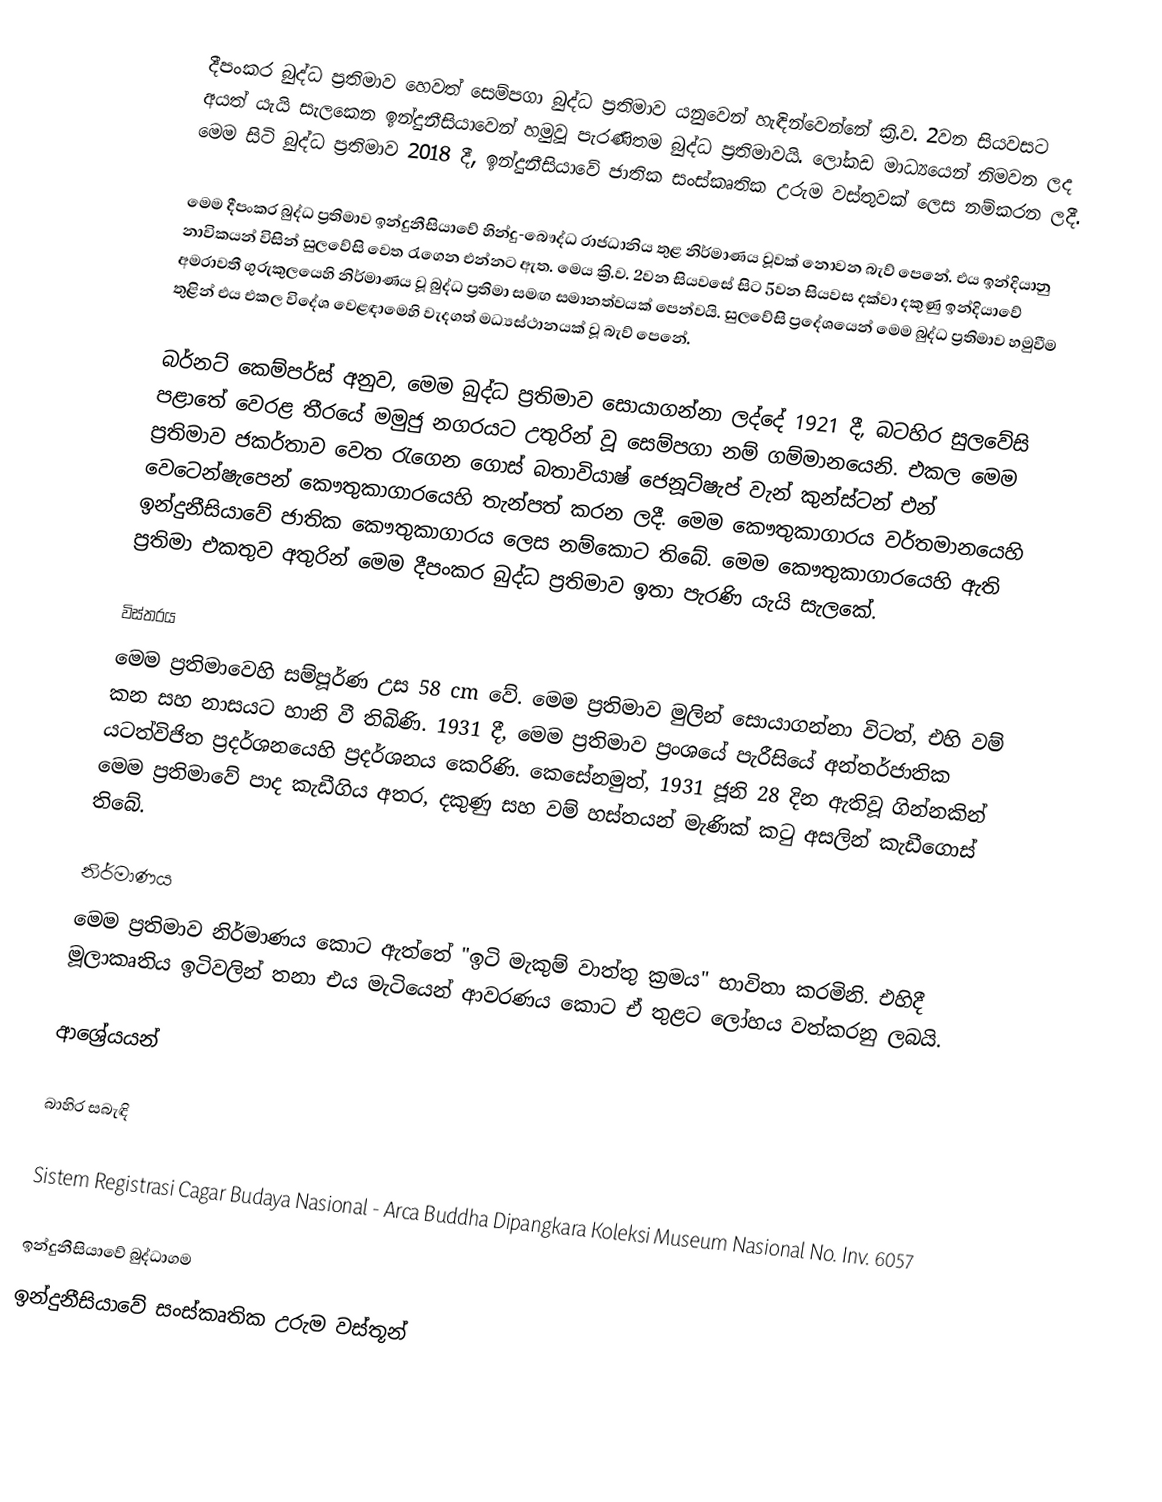
දීපංකර බුද්ධ ප්‍රතිමාව හෙවත් සෙම්පගා බුද්ධ ප්‍රතිමාව යනුවෙන් හැඳින්වෙන්නේ ක්‍රි.ව. 2වන සියවසට අයත් යැයි සැලකෙන ඉන්දුනීසියාවෙන් හමුවූ පැරණිතම බුද්ධ ප්‍රතිමාවයි. ලෝකඩ මාධ්‍යයෙන් නිමවන ලද මෙම සිටි බුද්ධ ප්‍රතිමාව 2018 දී, ඉන්දුනීසියාවේ ජාතික සංස්කෘතික උරුම වස්තුවක් ලෙස නම්කරන ලදී.

මෙම දීපංකර බුද්ධ ප්‍රතිමාව ඉන්දුනීසියාවේ හින්දු-බෞද්ධ රාජධානිය තුළ නිර්මාණය වූවක් නොවන බැව් පෙනේ. එය ඉන්දියානු නාවිකයන් විසින් සුලවේසි වෙත රැගෙන එන්නට ඇත.  මෙය ක්‍රි.ව. 2වන සියවසේ සිට 5වන සියවස දක්වා දකුණු ඉන්දියාවේ අමරාවතී ගුරුකුලයෙහි නිර්මාණය වූ බුද්ධ ප්‍රතිමා සමඟ සමානත්වයක් පෙන්වයි. සුලවේසි ප්‍රදේශයෙන් මෙම බුද්ධ ප්‍රතිමාව හමුවීම තුළින් එය එකල විදේශ වෙළඳාමෙහි වැදගත් මධ්‍යස්ථානයක් වූ බැව් පෙනේ.

බර්නට් කෙම්පර්ස් අනුව, මෙම බුද්ධ ප්‍රතිමාව සොයාගන්නා ලද්දේ 1921 දී, බටහිර සුලවේසි පළාතේ වෙරළ තීරයේ මමුජු නගරයට උතුරින් වූ සෙම්පගා නම් ගම්මානයෙනි. එකල මෙම ප්‍රතිමාව ජකර්තාව වෙත රැගෙන ගොස් බතාවියාෂ් ජෙනූට්ෂැප් වැන් කුන්ස්ටන් එන් වෙටෙන්ෂැපෙන් කෞතුකාගාරයෙහි තැන්පත් කරන ලදී. මෙම කෞතුකාගාරය වර්තමානයෙහි ඉන්දුනීසියාවේ ජාතික කෞතුකාගාරය ලෙස නම්කොට තිබේ. මෙම කෞතුකාගාරයෙහි ඇති ප්‍රතිමා එකතුව අතුරින් මෙම දීපංකර බුද්ධ ප්‍රතිමාව ඉතා පැරණි යැයි සැලකේ.

විස්තරය
මෙම ප්‍රතිමාවෙහි සම්පූර්ණ උස 58 cm වේ. මෙම ප්‍රතිමාව මුලින් සොයාගන්නා විටත්, එහි වම් කන සහ නාසයට හානි වී තිබිණි. 1931 දී, මෙම ප්‍රතිමාව ප්‍රංශයේ පැරීසියේ අන්තර්ජාතික යටත්විජිත ප්‍රදර්ශනයෙහි ප්‍රදර්ශනය කෙරිණි. කෙසේනමුත්, 1931 ජූනි 28 දින ඇතිවූ ගින්නකින් මෙම ප්‍රතිමාවේ පාද කැඩීගිය අතර, දකුණු සහ වම් හස්තයන් මැණික් කටු අසලින් කැඩීගොස් තිබේ.

නිර්මාණය
මෙම ප්‍රතිමාව නිර්මාණය කොට ඇත්තේ "ඉටි මැකුම් වාත්තු ක්‍රමය" භාවිතා කරමිනි. එහිදී මූලාකෘතිය ඉටිවලින් තනා එය මැටියෙන් ආවරණය කොට ඒ තුළට ලෝහය වත්කරනු ලබයි.

ආශ්‍රේයයන්

බාහිර සබැඳි

 Sistem Registrasi Cagar Budaya Nasional - Arca Buddha Dipangkara Koleksi Museum Nasional No. Inv. 6057

ඉන්දුනීසියාවේ බුද්ධාගම
ඉන්දුනීසියාවේ සංස්කෘතික උරුම වස්තූන්